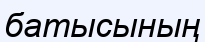
батысының